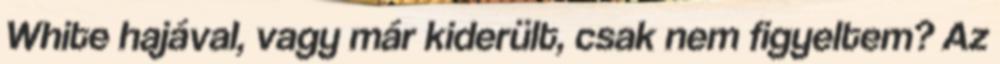
White hajával, vagy már kiderült, csak nem figyeltem? Az